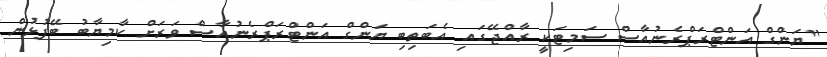
"ޔަންގް އަންޓްރަޕްރެނުއާސް ސަމިޓަކީ ރާއްޖޭގައި އެބަތިބި ޔަންގް އަންޓްރަޕްރެނުއާސް ވަރަށް ކާމިޔާބު ބޭފުޅުން